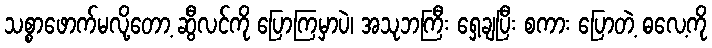
သစ္စာဖောက်မလို့တော့ ဆွီလင်ကို ပြောကြမှာပဲ၊ အသုဘကြီး ရှေ့ချပြီး စကား ပြောတဲ့ ဓလေ့ကို